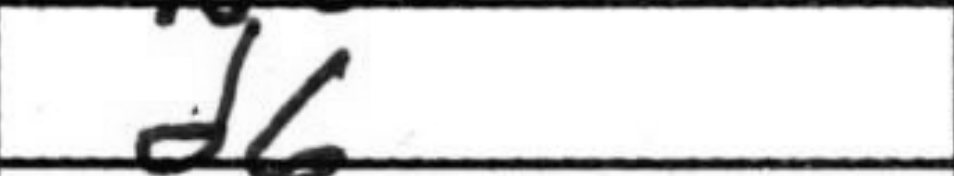
Transcription: d6